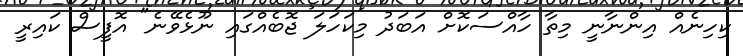
ކިހިނެއް އިންނާނީ މިތާ ހާއްސަކޮށް އަބަދު މިކަހަލަ ޖޮބެއްގައި ނޫޅެވޭނެ" އޮފީސް ކައިރީ